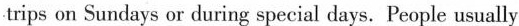
trips an Sundys or during special days, People usually